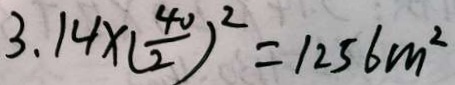
3 . 1 4 \times ( \frac { 4 0 } { 2 } ) ^ { 2 } = 1 2 5 6 m ^ { 2 }